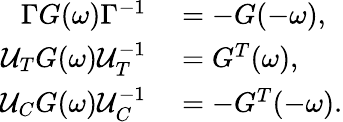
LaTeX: \begin{array}{rl}{\Gamma G(\omega)\Gamma^{-1}}&{{}=-G(-\omega),}\\ {\mathcal{U}_{T}G(\omega)\mathcal{U}_{T}^{-1}}&{{}=G^{T}(\omega),}\\ {\mathcal{U}_{C}G(\omega)\mathcal{U}_{C}^{-1}}&{{}=-G^{T}(-\omega).}\end{array}